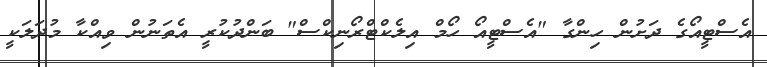
އެސްޓީއޯގެ ދަށުން ހިންގާ "އެސްޓީއޯ ހޯމް އިލެކްޓްރޯނިކްސް" ބަންދުކުރީ އެތަނުން ވިއްކާ މުދަލަކީ